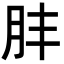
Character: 肨